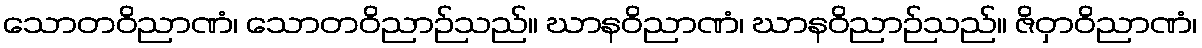
သောတဝိညာဏံ၊ သောတဝိညာဉ်သည်။ ဃာနဝိညာဏံ၊ ဃာနဝိညာဉ်သည်။ ဇိဝှာဝိညာဏံ၊